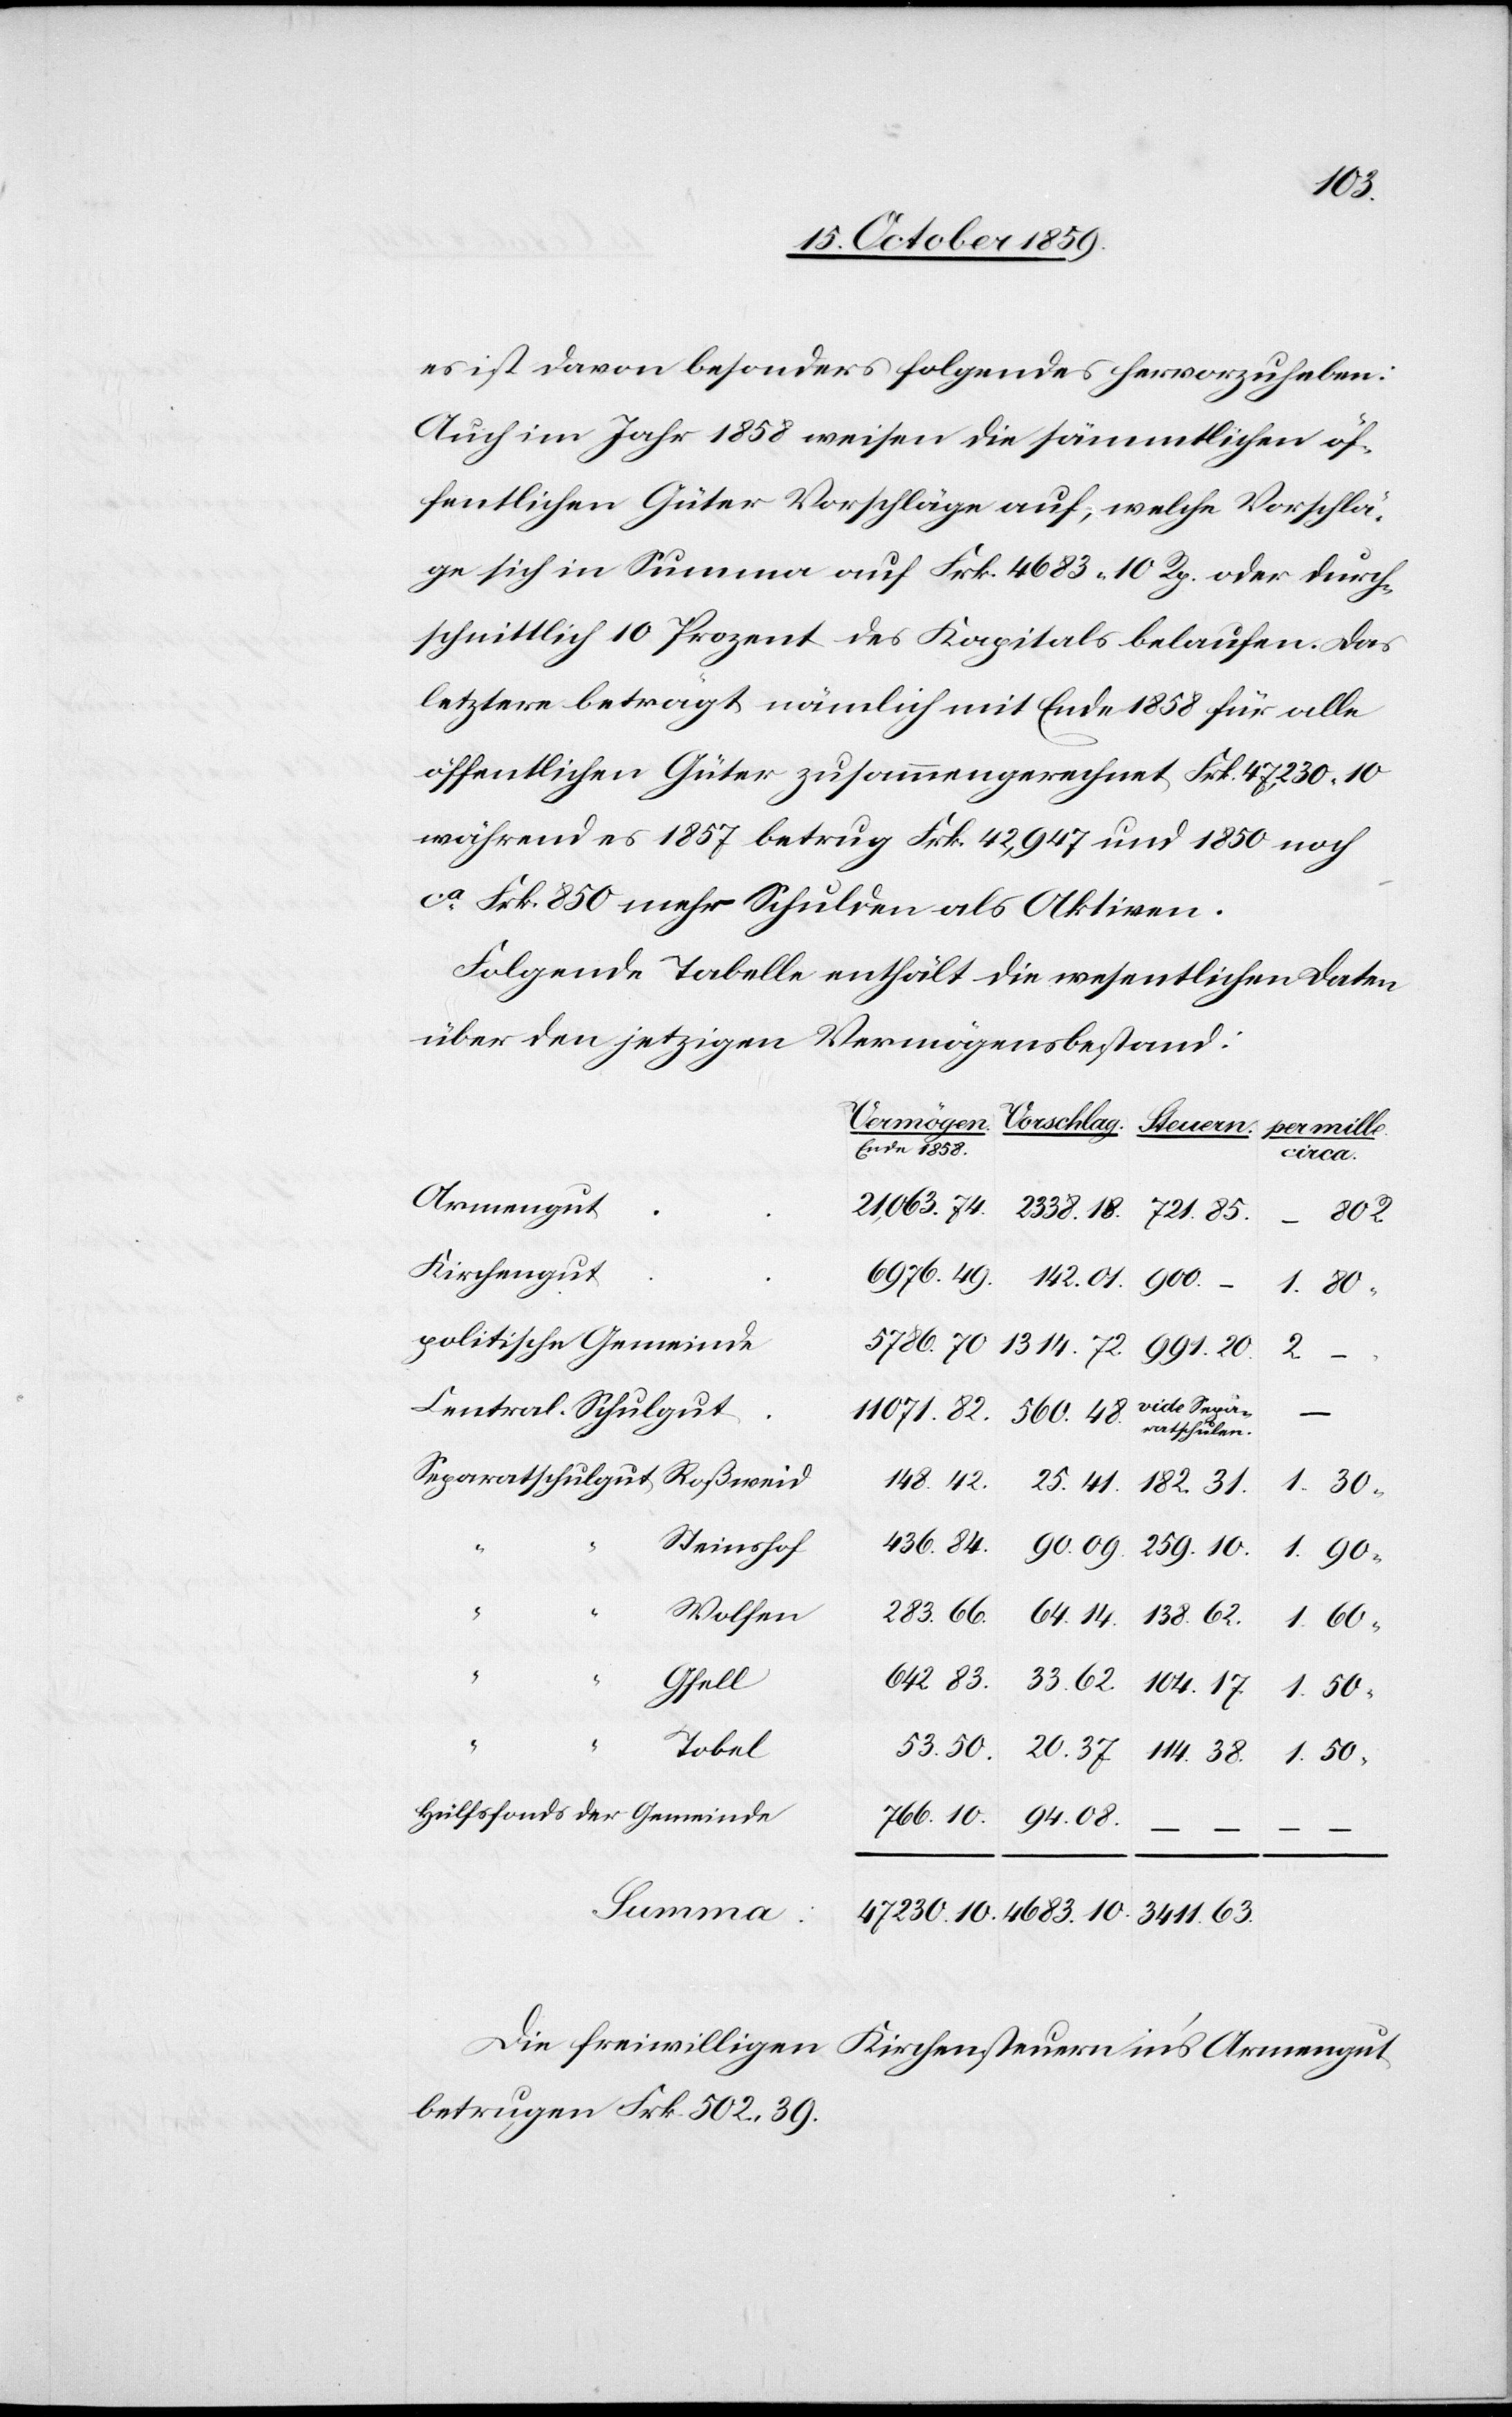
4683.10.
es ist davon besonders folgendes hervorzuheben:
Auch im Jahr 1858 weisen die sämmtlichen öf¬
fentlichen Güter Vorschläge auf, welche Vorschlä¬
ge sich in Summa auf Frk. 4683 10 Rp. oder durch¬
schnittlich 10 Prozent des Kapitals belaufen. Das
letztere beträgt nämlich mit Ende 1858 für alle
öffentlichen Güter zusammengerechnet Frk. 47,230 10
während es 1857 betrug Frk. 42,947 und 1850 noch
ca. Frk. 850 mehr Schulden als Aktiven.
Folgende Tabelle enthält die wesentlichen Daten
über den jetzigen Vermögensbestand:
per mille.
Ende 1858.
circa.
Armengut
114.38.
Kirchengut
2.–
vide Sepa¬
Summa:
ratschulen.
Steinshof
Wolfen
Gfell
Tobel
Die freiwilligen Kirchensteuern in's Armengut
betrugen Frk. 502.39.